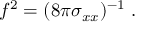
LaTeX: f ^ { 2 } = ( 8 \pi \sigma _ { x x } ) ^ { - 1 } \; .